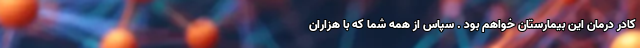
کادر درمان این بیمارستان خواهم بود . سپاس از همه شما که با هزاران